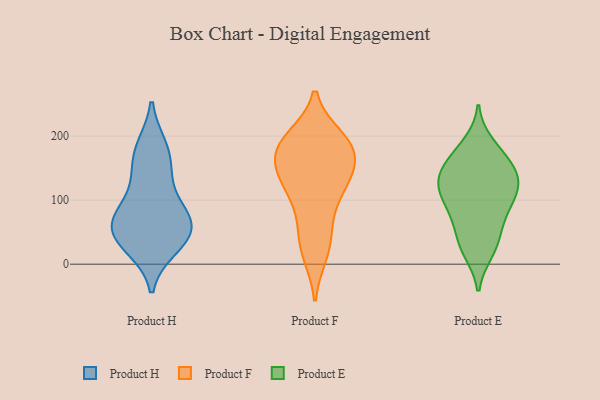
{"axis": {"x": "Waste Production (Tons)", "y": "Value"}, "legend": ["Product E", "Product F", "Product H"], "data": [{"x": "", "y": 94, "type": "Product H"}, {"x": "", "y": 72, "type": "Product H"}, {"x": "", "y": 26, "type": "Product H"}, {"x": "", "y": 181, "type": "Product H"}, {"x": "", "y": 136, "type": "Product H"}, {"x": "", "y": 53, "type": "Product H"}, {"x": "", "y": 53, "type": "Product H"}, {"x": "", "y": 28, "type": "Product H"}, {"x": "", "y": 44, "type": "Product H"}, {"x": "", "y": 66, "type": "Product H"}, {"x": "", "y": 183, "type": "Product H"}, {"x": "", "y": 148, "type": "Product H"}, {"x": "", "y": 78, "type": "Product H"}, {"x": "", "y": 183, "type": "Product F"}, {"x": "", "y": 140, "type": "Product F"}, {"x": "", "y": 146, "type": "Product F"}, {"x": "", "y": 183, "type": "Product F"}, {"x": "", "y": 49, "type": "Product F"}, {"x": "", "y": 195, "type": "Product F"}, {"x": "", "y": 21, "type": "Product F"}, {"x": "", "y": 182, "type": "Product F"}, {"x": "", "y": 111, "type": "Product F"}, {"x": "", "y": 197, "type": "Product F"}, {"x": "", "y": 188, "type": "Product F"}, {"x": "", "y": 16, "type": "Product F"}, {"x": "", "y": 146, "type": "Product F"}, {"x": "", "y": 122, "type": "Product F"}, {"x": "", "y": 160, "type": "Product F"}, {"x": "", "y": 110, "type": "Product F"}, {"x": "", "y": 66, "type": "Product F"}, {"x": "", "y": 20, "type": "Product E"}, {"x": "", "y": 136, "type": "Product E"}, {"x": "", "y": 110, "type": "Product E"}, {"x": "", "y": 70, "type": "Product E"}, {"x": "", "y": 91, "type": "Product E"}, {"x": "", "y": 169, "type": "Product E"}, {"x": "", "y": 134, "type": "Product E"}, {"x": "", "y": 27, "type": "Product E"}, {"x": "", "y": 98, "type": "Product E"}, {"x": "", "y": 34, "type": "Product E"}, {"x": "", "y": 135, "type": "Product E"}, {"x": "", "y": 65, "type": "Product E"}, {"x": "", "y": 111, "type": "Product E"}, {"x": "", "y": 150, "type": "Product E"}, {"x": "", "y": 187, "type": "Product E"}, {"x": "", "y": 169, "type": "Product E"}, {"x": "", "y": 129, "type": "Product E"}]}